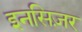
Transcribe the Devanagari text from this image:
इनसिज़र